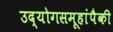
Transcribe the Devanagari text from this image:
उद्योगसमूहांपैकी